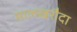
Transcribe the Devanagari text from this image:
मालखरौदा